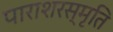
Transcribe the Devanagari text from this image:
पाराशरस्मृति